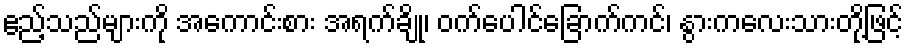
ဧည့်သည်များကို အကောင်းစား အရက်ချို၊ ဝက်ပေါင်ခြောက်ကင်၊ နွားကလေးသားတို့ဖြင့်